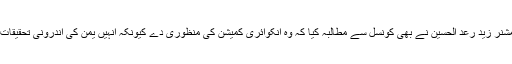
اقوامِ متحدہ میں انسانی حقوق کے کمشنر زید رعد الحسین نے بھی کونسل سے مطالبہ کیا کہ وہ انکوائری کمیشن کی منظوری دے کیونکہ انہیں یمن کی اندرونی تحقیقات کے غیر جانبدار ہونے پر شبہ ہے۔